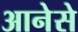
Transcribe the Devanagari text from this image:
आनेसे